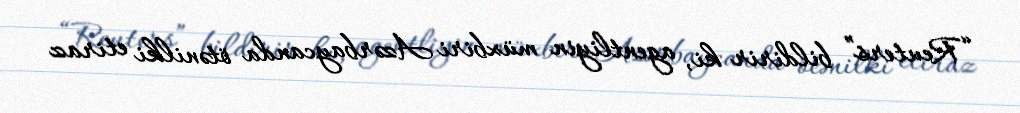
“Reuters” bildirir ki, agentliyin müxbiri Azərbaycanda ötənilki etiraz